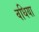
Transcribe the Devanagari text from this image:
वधिया